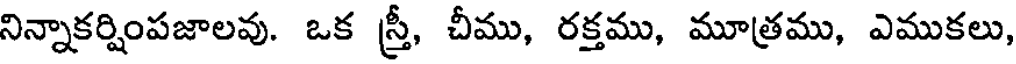
నిన్నాకర్షింపజాలవు. ఒక స్త్రీ, చీము, రక్తము, మూత్రము, ఎముకలు,